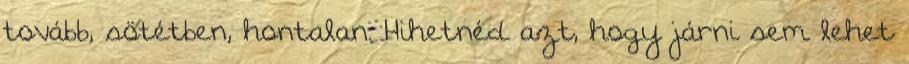
tovább, sötétben, hontalan. Hihetnéd azt, hogy járni sem lehet